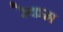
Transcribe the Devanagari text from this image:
रेकम